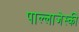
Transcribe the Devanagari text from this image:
पाल्लाजेस्की